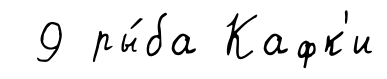
9 ры́ба Кафк'и